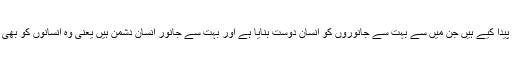
قدرت نے ہزاروں قسم کے جانور پیدا کیے ہیں جن میں سے بہت سے جانوروں کو انسان دوست بنایا ہے اور بہت سے جانور انسان دشمن ہیں یعنی وہ انسانوں کو بھی چیر پھاڑ کر کھا جانے والے ہیں۔